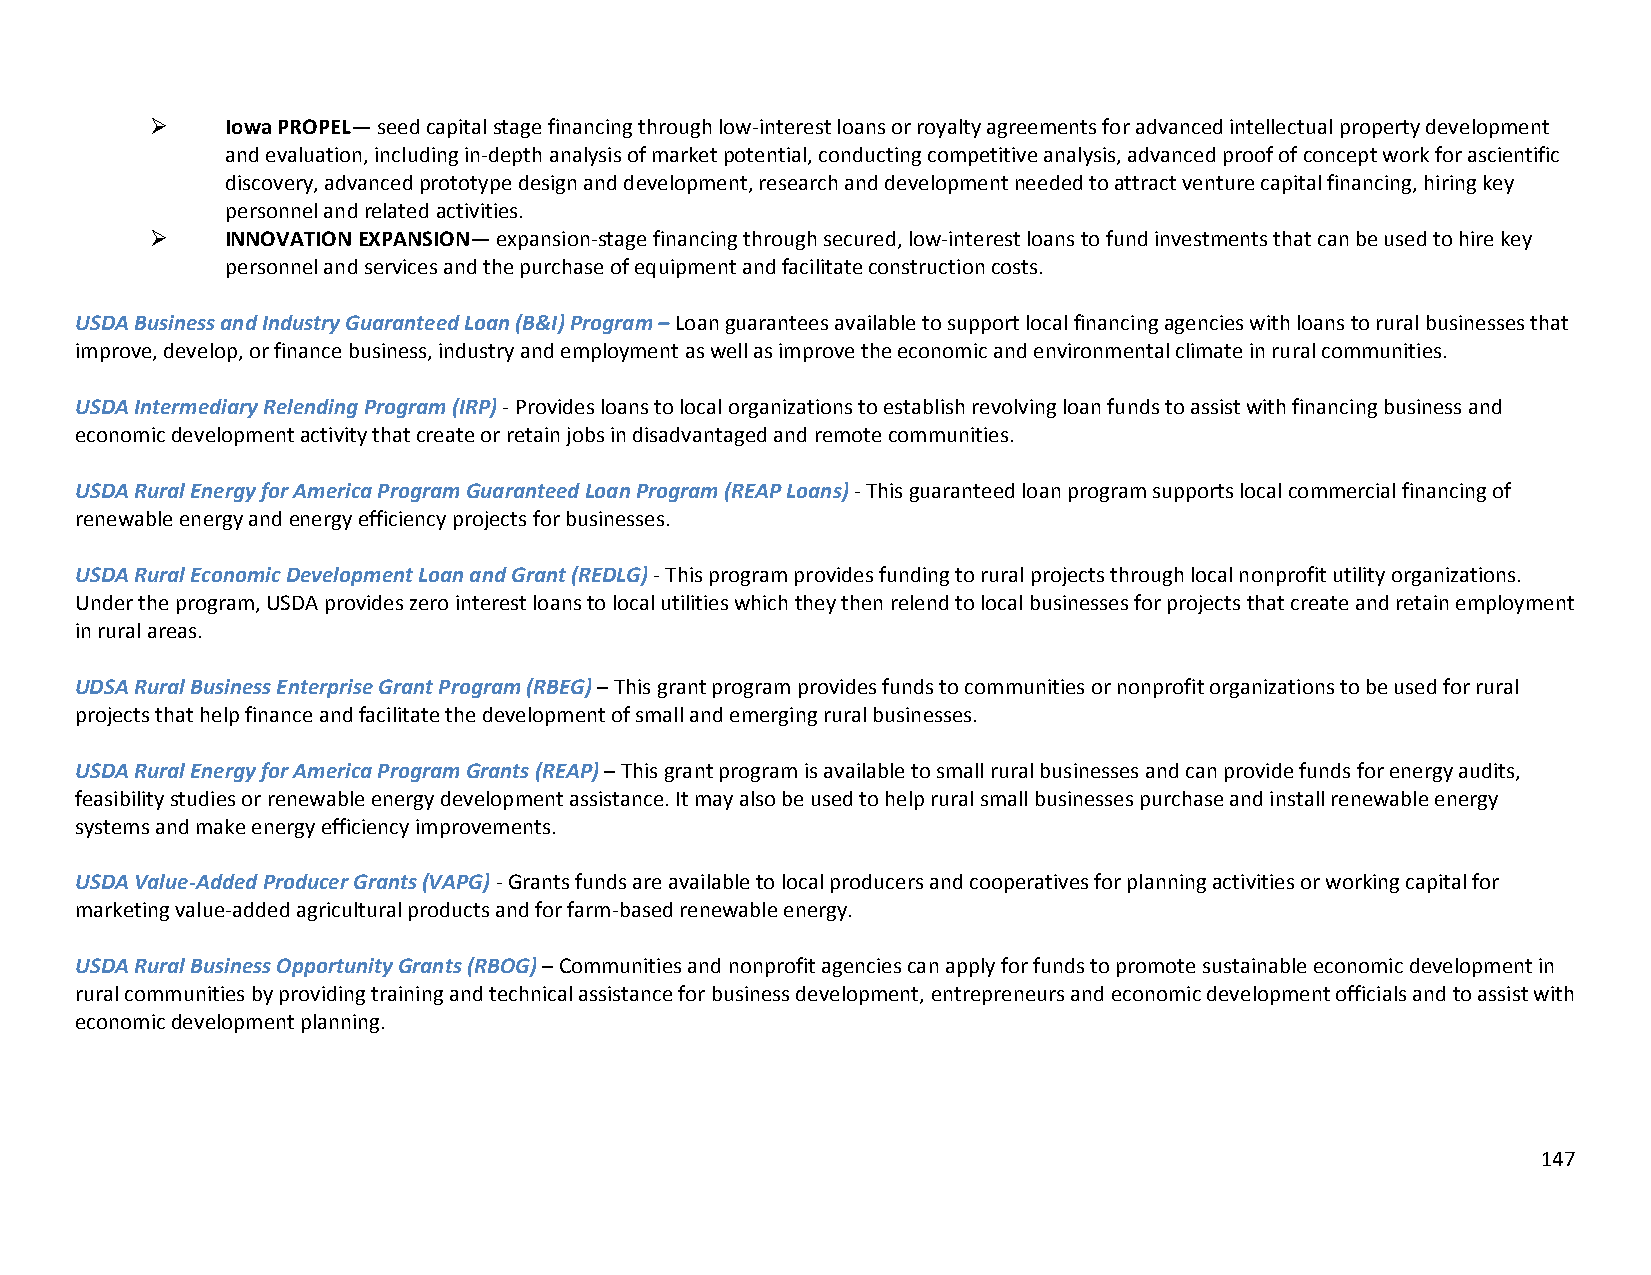
    Iowa PROPEL— seed capital stage financing through low‐interest loans or royalty agreements for advanced intellectual property development
 and evaluation, including in‐depth analysis of market potential, conducting competitive analysis, advanced proof of concept work for ascientific
 discovery, advanced prototype design and development, research and development needed to attract venture capital financing, hiring key
 personnel and related activities.
     INNOVATION EXPANSION— expansion‐stage financing through secured, low‐interest loans to fund investments that can be used to hire key
 personnel and services and the purchase of equipment and facilitate construction costs.
 USDA Business and Industry Guaranteed Loan (B&I) Program – Loan guarantees available to support local financing agencies with loans to rural businesses that
 improve, develop, or finance business, industry and employment as well as improve the economic and environmental climate in rural communities.
 USDA Intermediary Relending Program (IRP) ‐ Provides loans to local organizations to establish revolving loan funds to assist with financing business and
 economic development activity that create or retain jobs in disadvantaged and remote communities.
 USDA Rural Energy for America Program Guaranteed Loan Program (REAP Loans) ‐ This guaranteed loan program supports local commercial financing of
 renewable energy and energy efficiency projects for businesses.
 USDA Rural Economic Development Loan and Grant (REDLG) ‐ This program provides funding to rural projects through local nonprofit utility organizations.
 Under the program, USDA provides zero interest loans to local utilities which they then relend to local businesses for projects that create and retain employment
 in rural areas.
 UDSA Rural Business Enterprise Grant Program (RBEG) – This grant program provides funds to communities or nonprofit organizations to be used for rural
 projects that help finance and facilitate the development of small and emerging rural businesses.
 USDA Rural Energy for America Program Grants (REAP) – This grant program is available to small rural businesses and can provide funds for energy audits,
 feasibility studies or renewable energy development assistance. It may also be used to help rural small businesses purchase and install renewable energy
 systems and make energy efficiency improvements.
 USDA Value‐Added Producer Grants (VAPG) ‐ Grants funds are available to local producers and cooperatives for planning activities or working capital for
 marketing value‐added agricultural products and for farm‐based renewable energy.
 USDA Rural Business Opportunity Grants (RBOG) – Communities and nonprofit agencies can apply for funds to promote sustainable economic development in
 rural communities by providing training and technical assistance for business development, entrepreneurs and economic development officials and to assist with
 economic development planning.
 147